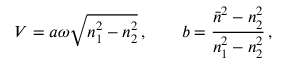
V = a \omega \sqrt { n _ { 1 } ^ { 2 } - n _ { 2 } ^ { 2 } } \, , \qquad b = \frac { { \bar { n } } ^ { 2 } - n _ { 2 } ^ { 2 } } { n _ { 1 } ^ { 2 } - n _ { 2 } ^ { 2 } } \, ,